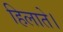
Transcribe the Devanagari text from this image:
हिलाते।